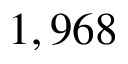
1 , 9 6 8